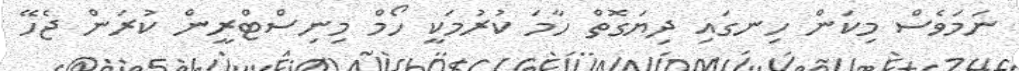
ނަމަވެސް މިކަން ހިނގައި ދިޔަގޮތް ހާމަ ކުރުމަކީ ހޯމް މިނިސްޓްރީން ކުރަން ޖެހޭ